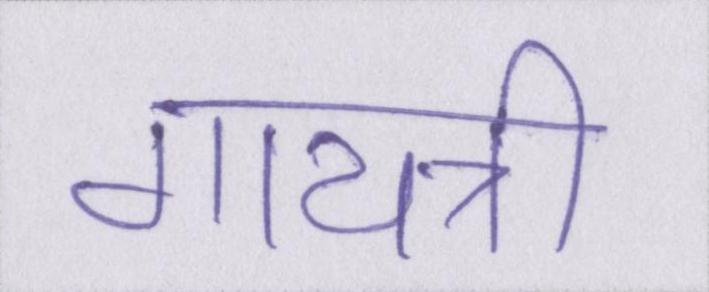
गायत्री